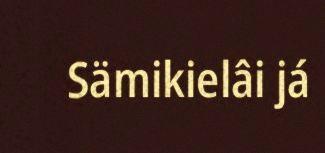
Sämikielâi já